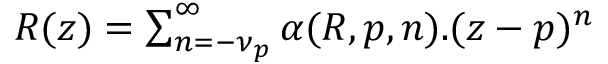
\begin{array} { r } { R ( z ) = \sum _ { n = - \nu _ { p } } ^ { \infty } \alpha ( R , p , n ) . ( z - p ) ^ { n } } \end{array}